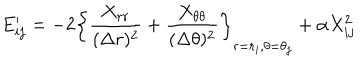
LaTeX: E _ { i j } ^ { \prime } = - 2 \left\{ \frac { X _ { r r } } { ( \Delta r ) ^ { 2 } } + \frac { X _ { \theta \theta } } { ( \Delta \theta ) ^ { 2 } } \right\} _ { r = r _ { i } , \theta = \theta _ { j } } + \alpha X _ { i j } ^ { 2 }